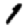
Digit: 1